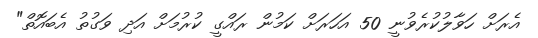
އެރަށް ހަވާލުކުރެވުނީ 50 އަހަރަށް ކަމުން ރައްގީ ކުރުމަށް އަދި ވަގުތު އެބައޮތް"